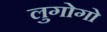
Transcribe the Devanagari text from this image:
लुगोगो